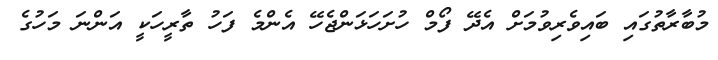
މުބާރާތުގައި ބައިވެރިވުމަށް އެދޭ ފޯމް ހުށަހަޅަންޖެހޭ އެންމެ ފަހު ތާރީހަކީ އަންނަ މަހުގެ